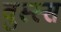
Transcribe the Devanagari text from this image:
वुस्स्स